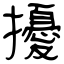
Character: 擾